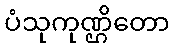
ပံသုကုဏ္ဌိတော